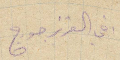
اخي العزيز جورج